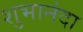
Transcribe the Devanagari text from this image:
शुभानंदा